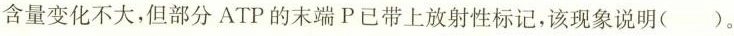
含量变化不大，但部分ATP的末端P已带上放射性标记，该现象说明( )。